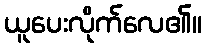
ယူပေးလိုက်လေ၏။